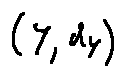
( Y , d _ { Y } )